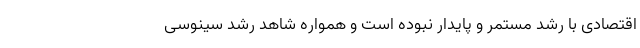
اقتصادی با رشد مستمر و پایدار نبوده است و همواره شاهد رشد سینوسی